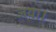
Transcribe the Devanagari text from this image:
जय।।